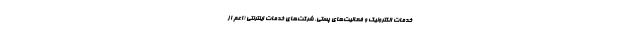
خدمات الکترونیک و فعالیت‌های پستی. شرکت‌های خدمات اینترنتی (اعم از